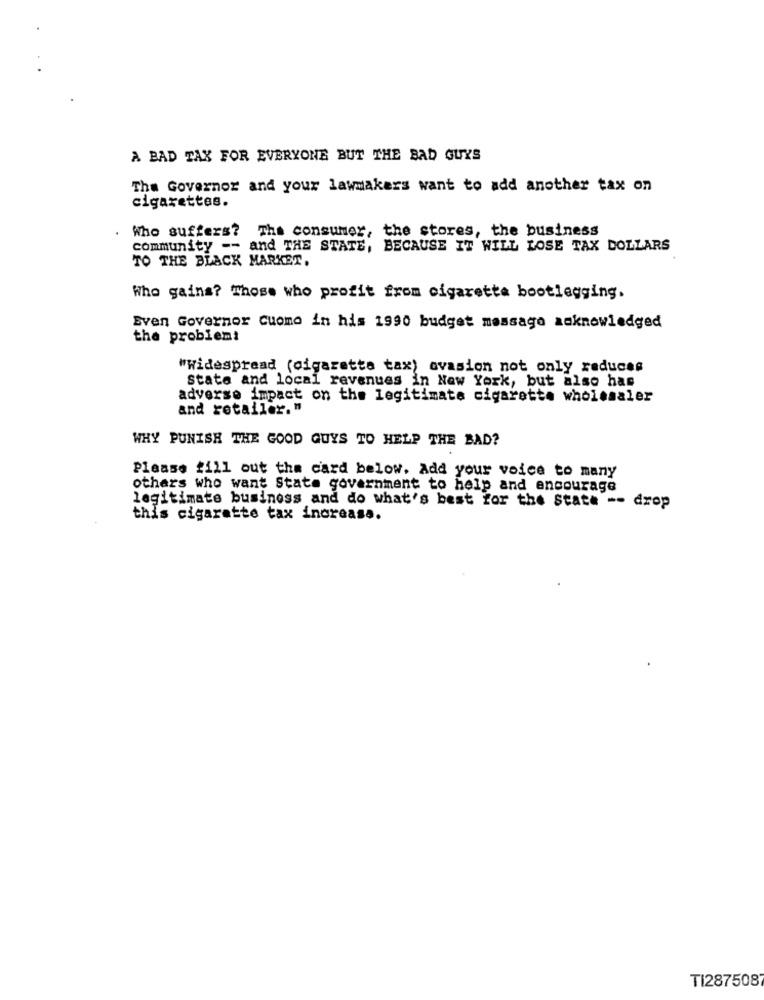
A BAD TAX FOR EVERYONE BUT THE BAD GUYS
The Governor and your lawmakers want to add another tax on
cigarettes.
Who suffers? The consumer, the stores, the business
community -- and THE STATE, BECAUSE IT WILL LOSE TAX DOLLARS
TO THE BLACK MARKET,
Who gains? Those who profit from cigaretta bootlegging.
Sven Governor cuomo in his 1990 budget message acknowledged
the problem!
"Widespread (cigarette tax) ovasion not only reduces
state and local revenues in New York, but also has
adverse impact on the legitimate cigarette wholesaler
and retailer."
WHY PUNISH THE GOOD GUYS TO HELP THE BAD?
Please fill out the card below. Add your voice to many
others who want State government to help and encourage
legitimate business and do what's best for the State -- drop
this cigarette tax increase.
TI2875087